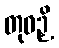
တုဝဉှိ